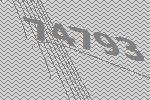
74793